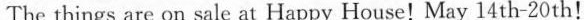
The things are on sale at Happy House!May 14 th-20th!